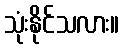
သုံးနိုင်သလား။